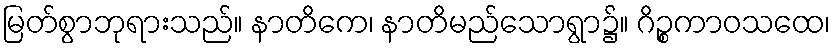
မြတ်စွာဘုရားသည်။ နာတိကေ၊ နာတိမည်သောရွာ၌။ ဂိဉ္စကာဝသထေ၊